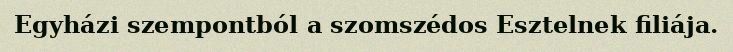
Egyházi szempontból a szomszédos Esztelnek filiája.